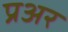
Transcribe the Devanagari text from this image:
प्रअर